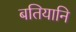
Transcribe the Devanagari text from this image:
बतियानि